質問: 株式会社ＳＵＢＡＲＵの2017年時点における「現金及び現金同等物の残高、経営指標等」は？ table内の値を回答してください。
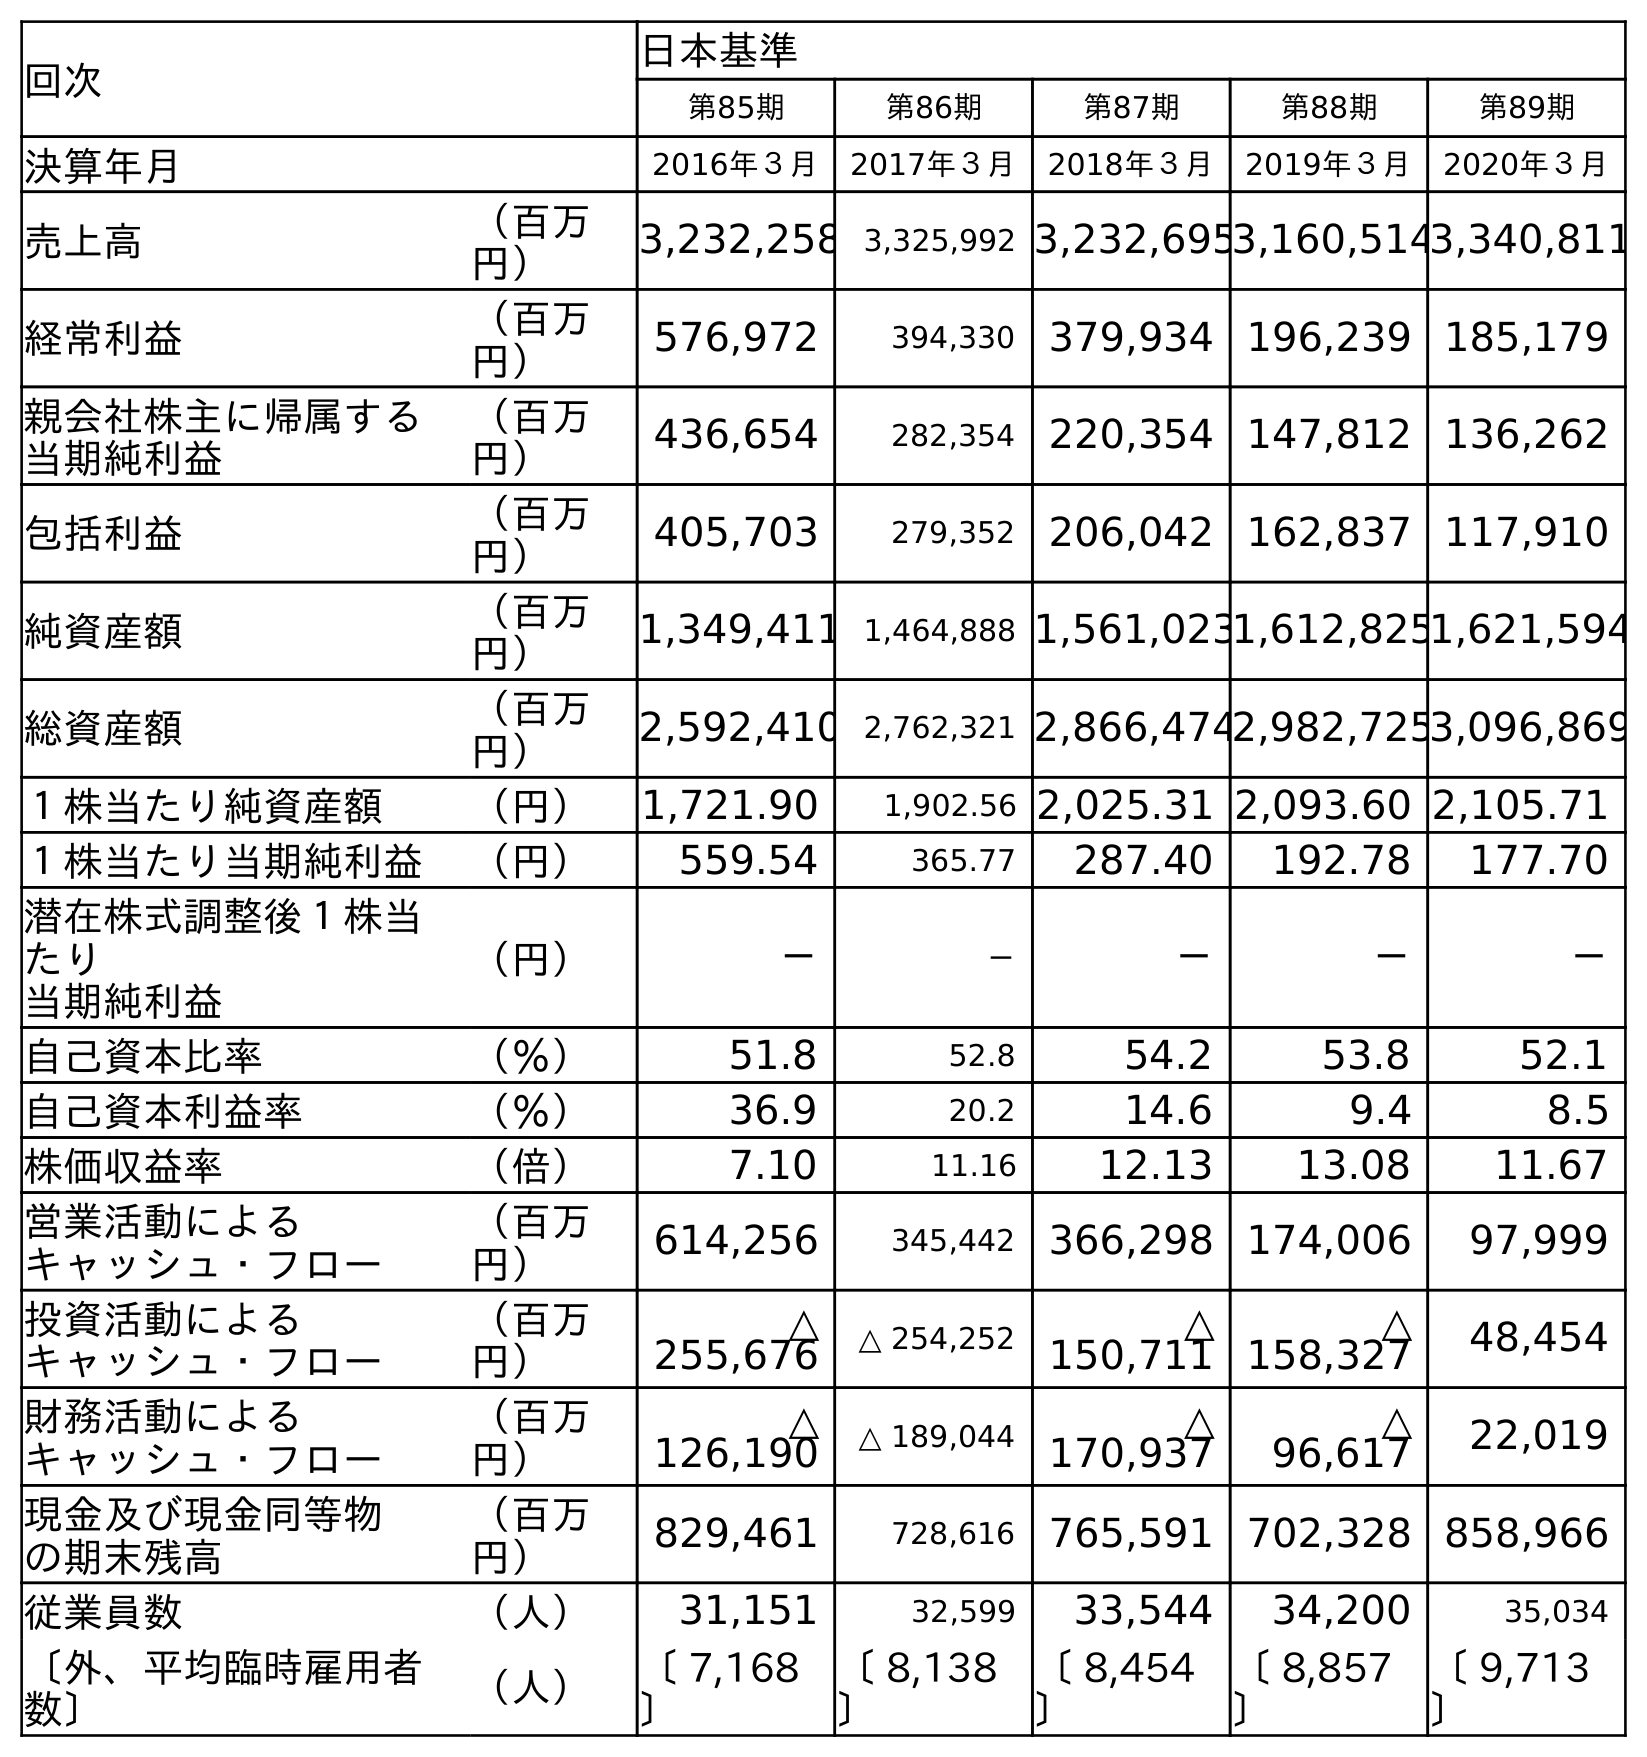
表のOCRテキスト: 回次 日本基準 第85期 第86期 第87期 第88期 第89期 決算年月 2016年３月 2017年３月 2018年３月 2019年３月 2020年３月 売上高 （百万 円） 3,232,258 3,325,992 3,232,6953,160,5143,340,811 経常利益 （百万 円） 576,972 394,330 379,934 196,239 185,179 親会社株主に帰属する 当期純利益 （百万 円） 436,654 282,354 220,354 147,812 136,262 包括利益 （百万 円） 405,703 279,352 206,042 162,837 117,910 純資産額 （百万 円） 1,349,411 1,464,888 1,561,0231,612,8251,621,594 総資産額 （百万 円） 2,592,410 2,762,321 2,866,4742,982,7253,096,869 １株当たり純資産額 （円） 1,721.90 1,902.56 2,025.31 2,093.60 2,105.71 １株当たり当期純利益 （円） 559.54 365.77 287.40 192.78 177.70 潜在株式調整後１株当 たり 当期純利益 （円） － － － － － 自己資本比率 （％） 51.8 52.8 54.2 53.8 52.1 自己資本利益率 （％） 36.9 20.2 14.6 9.4 8.5 株価収益率 （倍） 7.10 11.16 12.13 13.08 11.67 営業活動による キャッシュ・フロー （百万 円） 614,256 345,442 366,298 174,006 97,999 投資活動による キャッシュ・フロー （百万 円） △ 255,676 △ 254,252 △ 150,711 △ 158,327 48,454 財務活動による キャッシュ・フロー （百万 円） △ 126,190 △ 189,044 △ 170,937 △ 96,617 22,019 現金及び現金同等物 の期末残高 （百万 円） 829,461 728,616 765,591 702,328 858,966 従業員数 （人） 31,151 32,599 33,544 34,200 35,034 〔外、平均臨時雇用者 数〕 （人） 〔 7,168 〕 〔 8,138 〕 〔 8,454 〕 〔 8,857 〕 〔 9,713 〕
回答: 728,616